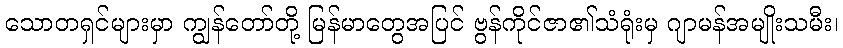
သောတရှင်များမှာ ကျွန်တော်တို့ မြန်မာတွေအပြင် ဗွန်ကိုင်ဇာ၏သံရုံးမှ ဂျာမန်အမျိုးသမီး၊